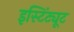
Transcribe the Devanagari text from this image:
इस्टिंट्यूट